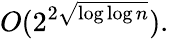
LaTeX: O(2^{2{\sqrt{\log\log n}}}).